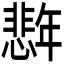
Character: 𪪈